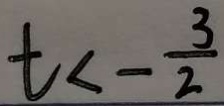
t < - \frac { 3 } { 2 }